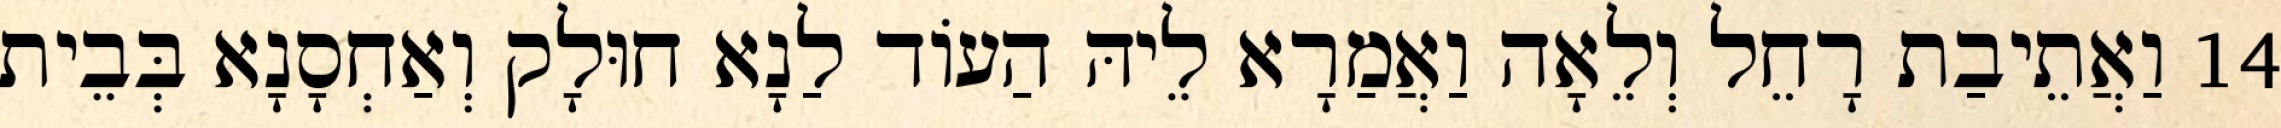
14 וַאֲתֵיבַת רָחֵל וְלֵאָה וַאֲמַרָא לֵיהּ הַעוֹד לַנָא חוּלָק וְאַחְסָנָא בְּבֵית